Report on vaccination in the Province of Bengal - 1869-1873
Year: 1869
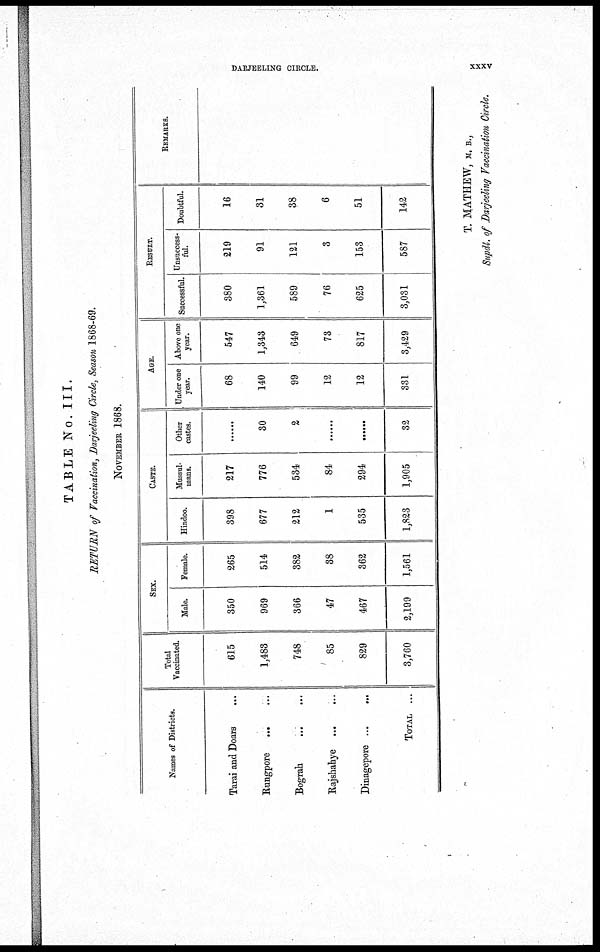
DARJEELING CIRCLE.
XXXV
TABLE No. III.
RETURN of Vaccination,
Circle, Season 1868-69.
NOVEMBER 1868.
Names of Districts.
Tarai and Doars ...
Rungpore
...
...
Bograh
...
...
Rajshahye
...
...
Dinagepore ...
...
TOTAL ...
Total
Vaccinated.
615
1,483
748
85
829
3,760
SEX.
Male.
350
969
366
47
467
2,199
Female.
265
514
382
38
362
1,561
CASTE.
Hindoo.
398
677
212
1
535
1,823
Mussul-
mans.
217
776
534
84
294
1,905
Other
castes.
......
30
2
......
......
32
AGE.
Under one
year.
68
140
99
12
12
331
Above one
year.
547
1,343
649
73
817
3,429
RESULT.
Successful.
380
1,361
589
76
625
3,031
Unsuccess-
ful.
219
91
121
3
153
587
Doubtful.
16
31
38
6
51
142
REMARKS.
T. MATHEW, M. B.,
Supdt. of Darjeeling Vaccination Circle.